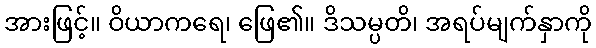
အားဖြင့်။ ဝိယာကရေ၊ ဖြေ၏။ ဒိသမ္ပတိ၊ အရပ်မျက်နှာကို